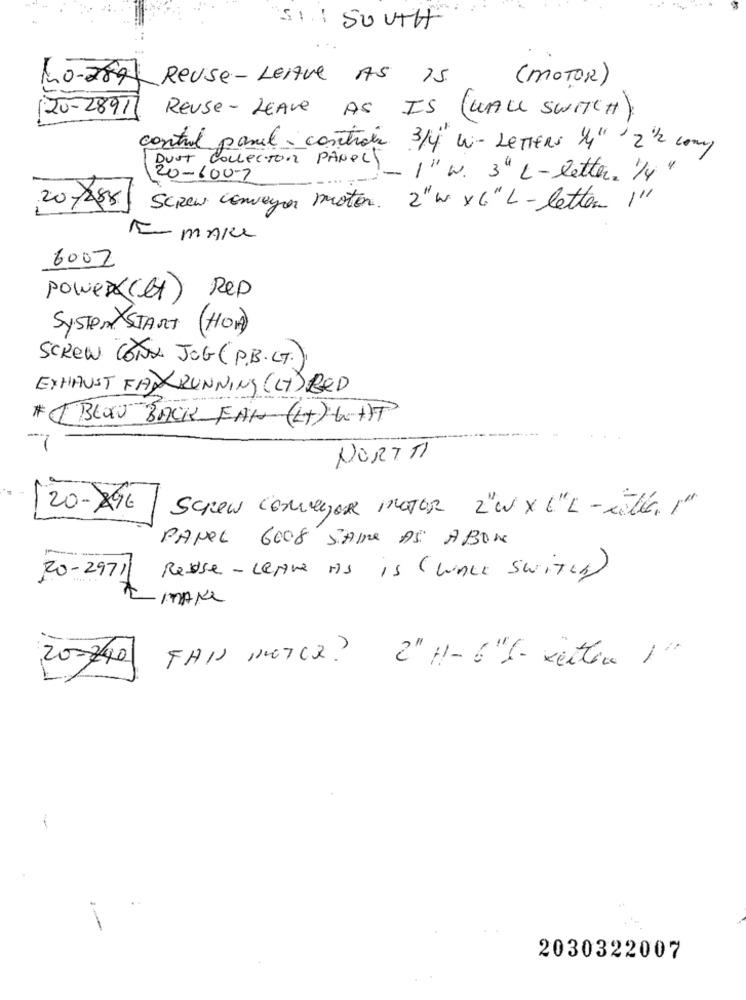
SI. SOUTH
No-2891
Reuse-LeAre AS IS
(MOTOR)
120-2891)
Reuse- LEAVE AS IS ( WALL SWITCH)
control panel-controls 3/4 W- LETTERS 1/4" 2 1/2 cony
DUST COLLECTOR PANELY_ 1 " w. 3" L-letter. 1/4
20-600-7
201088
SCREW conveyor motor. 2" w x 6" L-letten 1"
EMARe
6002
power(et) Rep
System START (HOW)
SCREW CONX JOG (P.B.C.T.)
EXHAUST FANRUNNING (LT) BED
# BLOW BACK FAN (LT) WAT
-
7
NORTH
20-196
Screw CEMeyer MOTOR 2"W x L"L- citée. per
PANEL 6008 SAME AS ABON
20-2971
Resse - Leave As is (Lince Switch)
2 MAKK
20-240
FAIS MOTCa? 2" H- 6"1- xeller 1"
2030322007